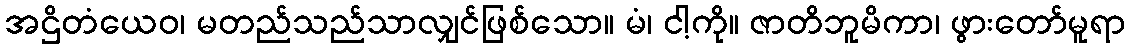
အဌိတံယေဝ၊ မတည်သည်သာလျှင်ဖြစ်သော။ မံ၊ ငါ့ကို။ ဇာတိဘူမိကာ၊ ဖွားတော်မူရာ